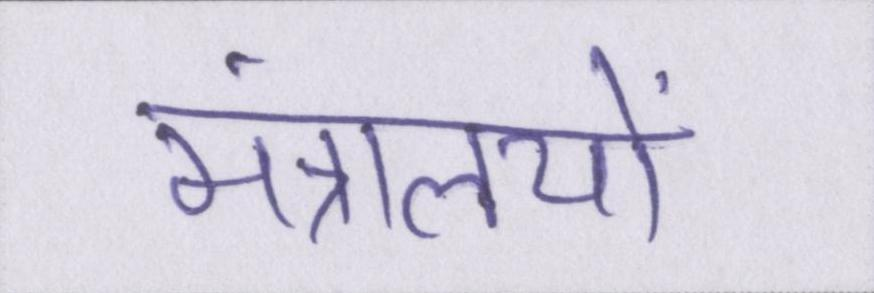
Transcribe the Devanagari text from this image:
मंत्रालयों